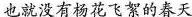
也就没有杨花飞絮的春天